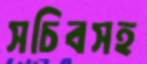
সচিবসহ